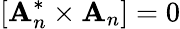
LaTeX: \left[{\mathbf A}_{n}^{*}\times{\mathbf A}_{n}\right]=0